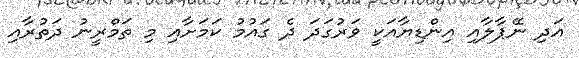
އަދި ނޭޕާލާއި އިންޑިޔާއަކީ ވަރުގަދަ ދެ ގައުމު ކަމަށާއި މި ތަމްރީނު ދަތުރާއި